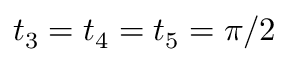
t _ { 3 } = t _ { 4 } = t _ { 5 } = \pi / 2